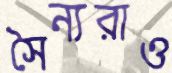
সৈন্যরাও